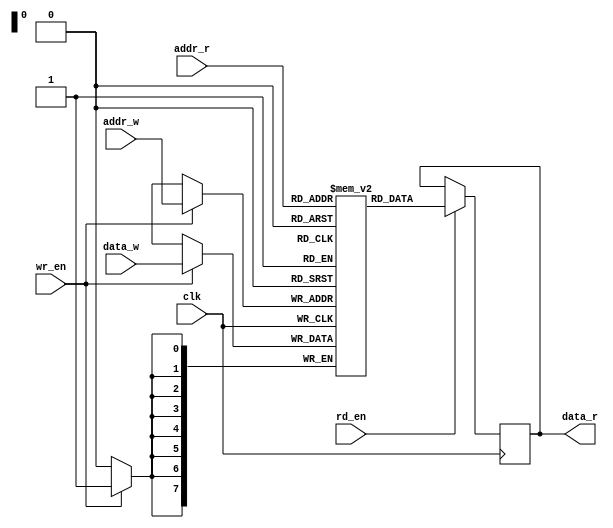
module dual_port_ram (
    input wire clk,
    input wire [7:0] addr_r,
    output reg [7:0] data_r,
    input wire rd_en,
    input wire [7:0] addr_w,
    input wire [7:0] data_w,
    input wire wr_en
);

reg [7:0] memory [0:255];

always @ (posedge clk) begin
    if (rd_en) begin
        data_r <= memory[addr_r];
    end
    if (wr_en) begin
        memory[addr_w] <= data_w;
    end
end

endmodule